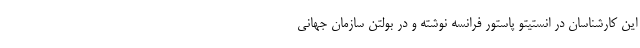
این کارشناسان در انستیتو پاستور فرانسه نوشته و در بولتن سازمان جهانی